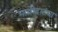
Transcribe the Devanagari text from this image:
भागीदारांचा